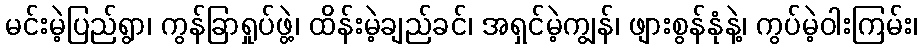
မင်းမဲ့ပြည်ရွာ၊ ကွန်ခြာရှုပ်ဖွဲ့၊ ထိန်းမဲ့ချည်ခင်၊ အရှင်မဲ့ကျွန်၊ ဖျားစွန်နုံနဲ့၊ ကွပ်မဲ့ဝါးကြမ်း၊